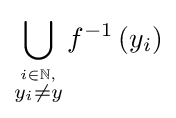
\bigcup _{\stackrel {i\in \mathbb {N} ,}{y_{i}\neq y}}f^{-1}\left(y_{i}\right)